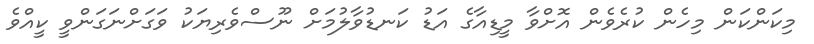
މިކަންކަން މިހެން ކުރެވެން އޮށްވާ މީޑިއާގެ އަޑު ކަނޑުވާލުމަށް ނޫސްވެރިޔަކު ވަގަށްނަގަންވީ ކީއްވެ